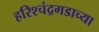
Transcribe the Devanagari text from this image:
हरिश्चंद्रगडाच्या